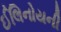
ઈલિનોયની